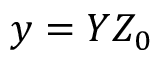
y = Y Z _ { 0 }